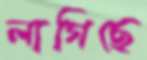
লাগিছে